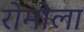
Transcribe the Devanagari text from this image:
रोमोला